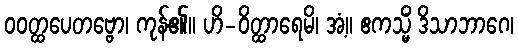
ဝဝတ္ထပေတဗ္ဗော၊ ကုန်၏။ ဟိ-ဝိတ္ထာရေမိ၊ အံ့။ ဧကသ္မိံ ဒိသာဘာဂေ၊